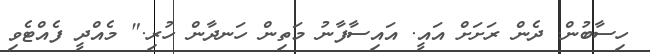
ހިސާބުން. ދެން ރަށަށް އައީ. އައިސާފާނު މަތިން ހަނދާން ހުރި." މެއްދީ ފެއްޓެވި